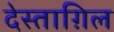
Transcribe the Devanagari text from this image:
देस्ताग़िल